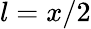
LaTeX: l=x/2